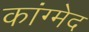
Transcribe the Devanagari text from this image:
कांग्मेद